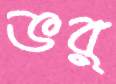
ভর্